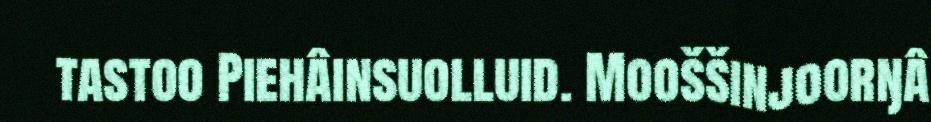
tastoo Piehâinsuolluid. Mooššinjoorŋâ